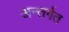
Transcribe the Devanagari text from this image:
अन्तर्गत